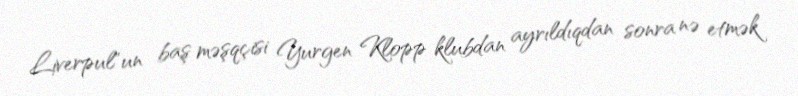
Liverpul"un baş məşqçisi Yurgen Klopp klubdan ayrıldıqdan sonra nə etmək